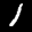
Label: 1